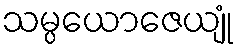
သမ္ပယောဇေယျုံ